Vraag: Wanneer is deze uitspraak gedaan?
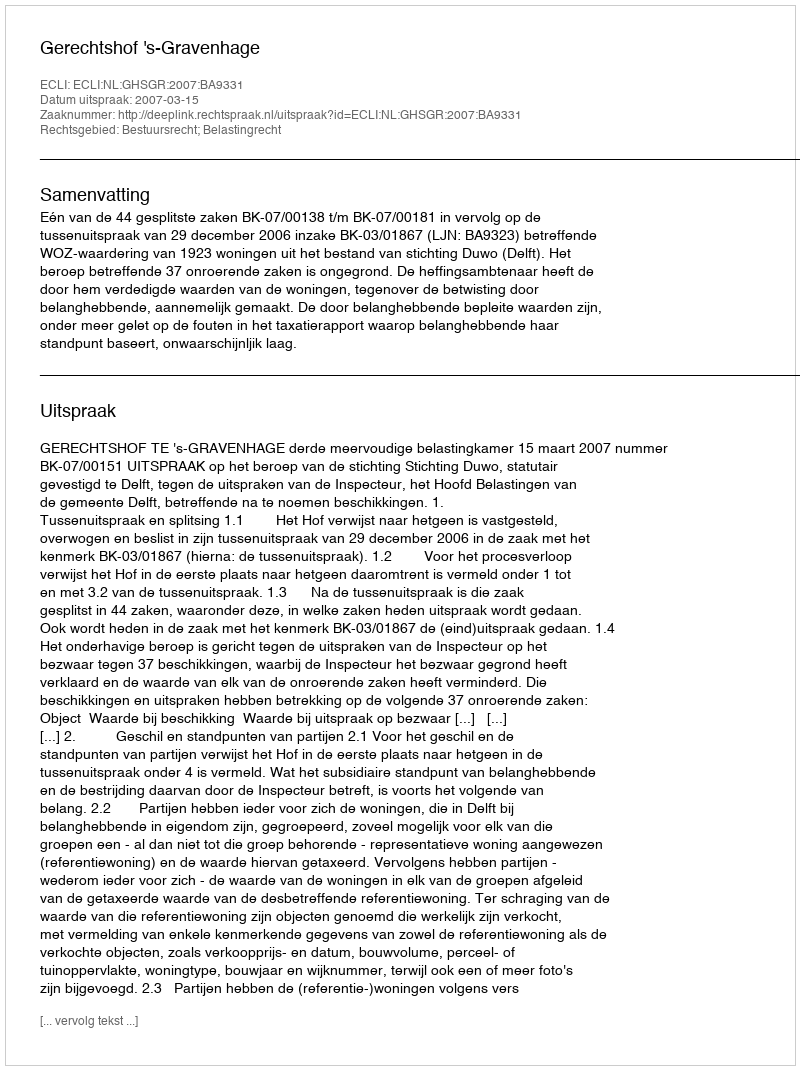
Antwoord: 2007-03-15